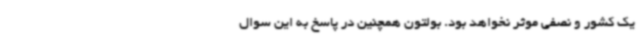
یک کشور و نصفی موثر نخواهد بود. بولتون همچنین در پاسخ به این سوال